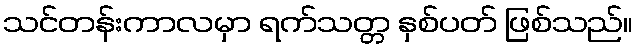
သင်တန်းကာလမှာ ရက်သတ္တ နှစ်ပတ် ဖြစ်သည်။